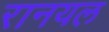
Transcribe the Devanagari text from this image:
रानयल